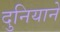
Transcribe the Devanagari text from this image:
दुनियाने